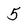
Character: 5